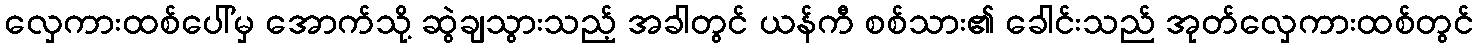
လှေကားထစ်ပေါ်မှ အောက်သို့ ဆွဲချသွားသည့် အခါတွင် ယန်ကီ စစ်သား၏ ခေါင်းသည် အုတ်လှေကားထစ်တွင်